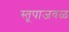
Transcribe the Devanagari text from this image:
स्तूपाजवळ